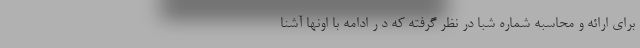
برای ارائه و محاسبه شماره شبا در نظر گرفته که د ر ادامه با اونها آشنا